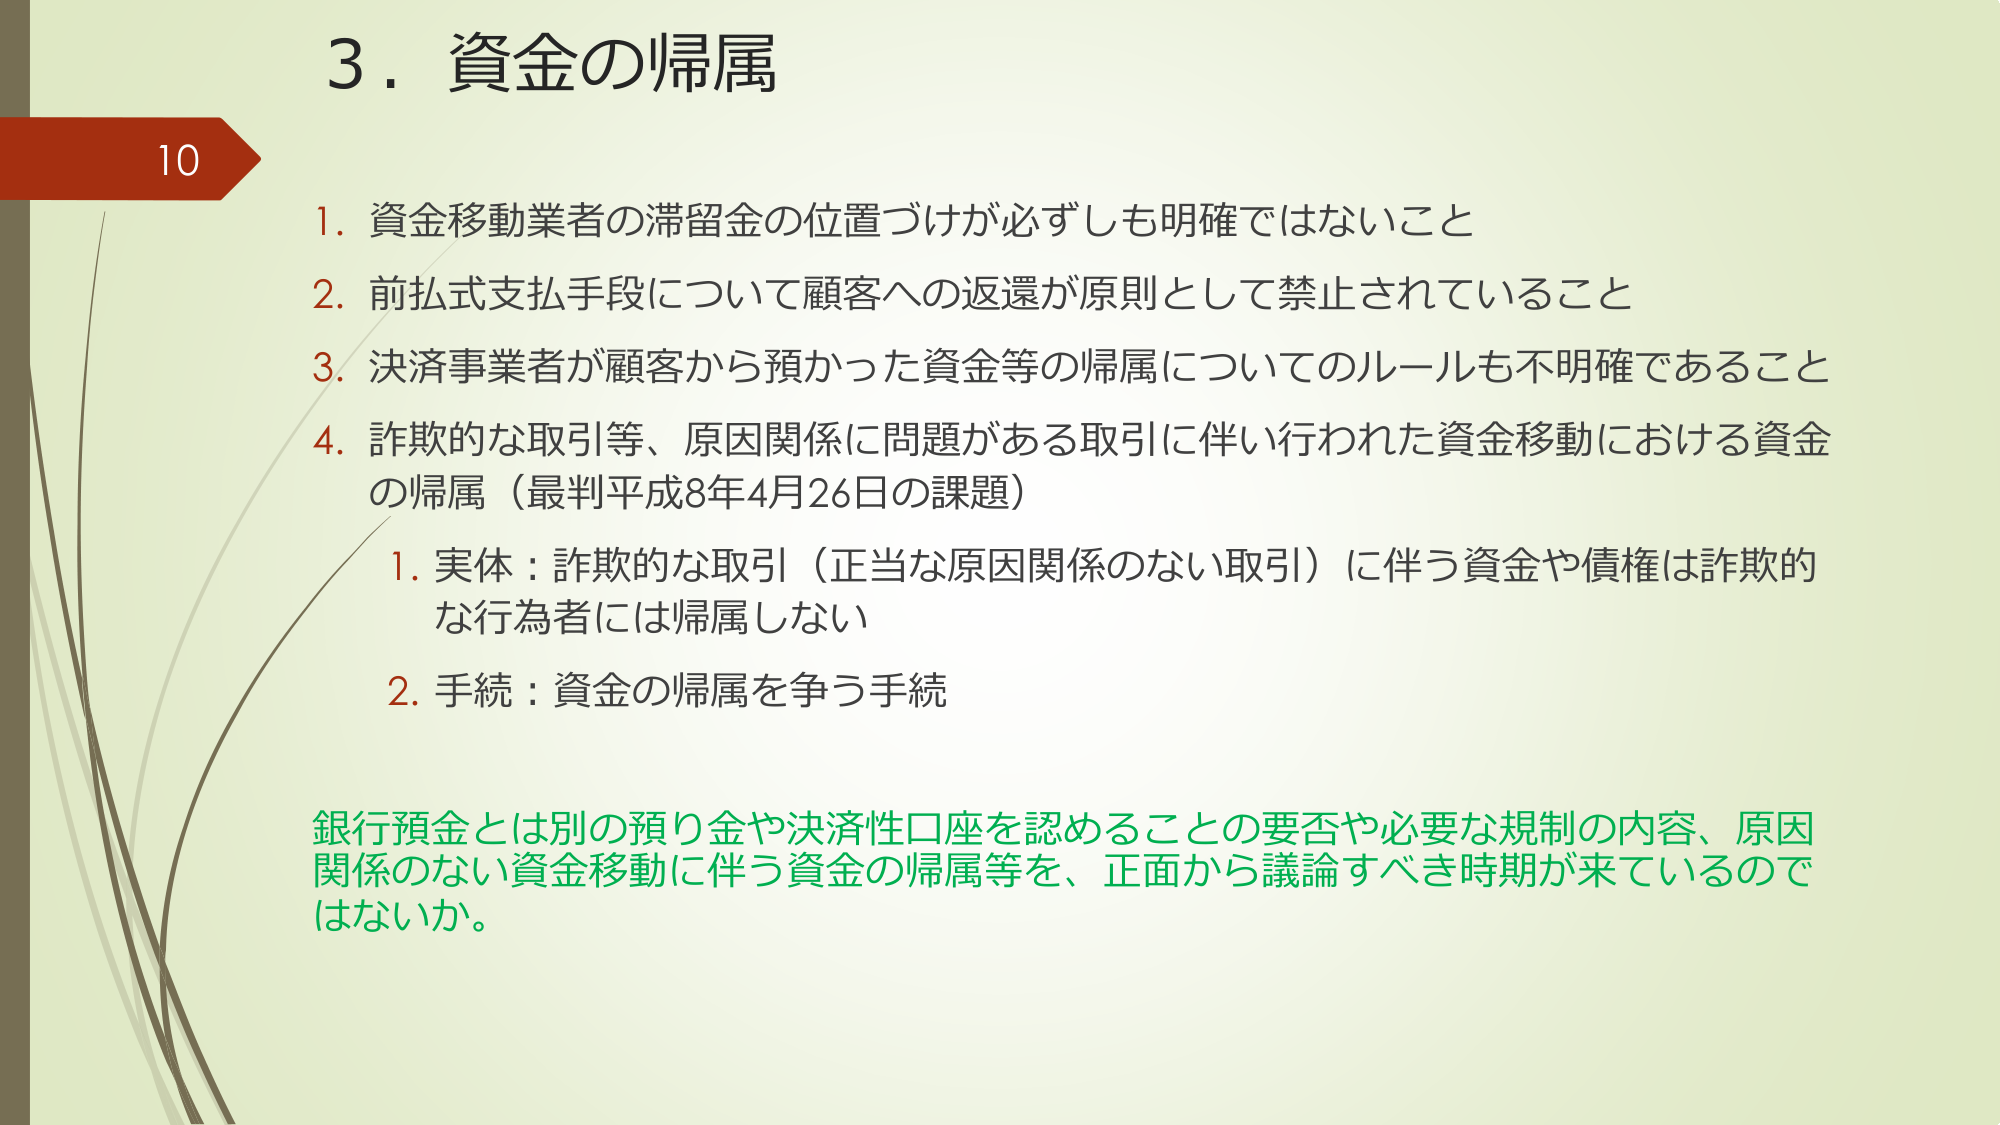
3．資金の帰属

10

1. 資金移動業者の滞留金の位置づけが必ずしも明確ではないこと
2. 前払式支払手段について顧客への返還が原則として禁止されていること
3. 決済事業者が顧客から預かった資金等の帰属についてのルールも不明確であること
4. 詐欺的な取引等、原因関係に問題がある取引に伴い行われた資金移動における資金の帰属（最判平成8年4月26日の課題）
　1. 実体：詐欺的な取引（正当な原因関係のない取引）に伴う資金や債権は詐欺的な行為者には帰属しない
　2. 手続：資金の帰属を争う手続

銀行預金とは別の預り金や決済性口座を認めることの要否や必要な規制の内容、原因関係のない資金移動に伴う資金の帰属等を、正面から議論すべき時期が来ているのではないか。